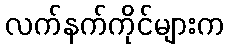
လက်နက်ကိုင်များက